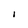
Character: l